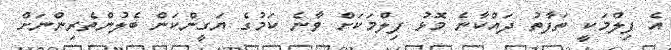
އެ ފިލްމަކީ ތަފާތު ދައްކާނެ މޮޅު ފިލްމަކަށް ވާނެ ކަމުގެ ޔަގީންކަން ބެލުންތެރިންނަށް